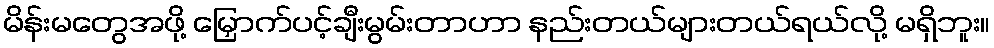
မိန်းမတွေအဖို့ မြှောက်ပင့်ချီးမွမ်းတာဟာ နည်းတယ်များတယ်ရယ်လို့ မရှိဘူး။